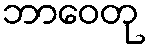
ဘာဝေတု